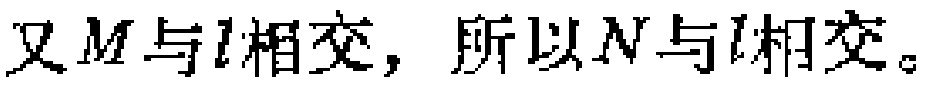
又\(M\)与\(l\)相交，所以\(N\)与\(l\)相交。